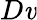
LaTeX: D\mathit{v}